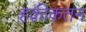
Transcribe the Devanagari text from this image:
हक़ीकतन